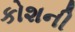
કોશની